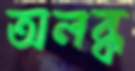
অলব্ধ